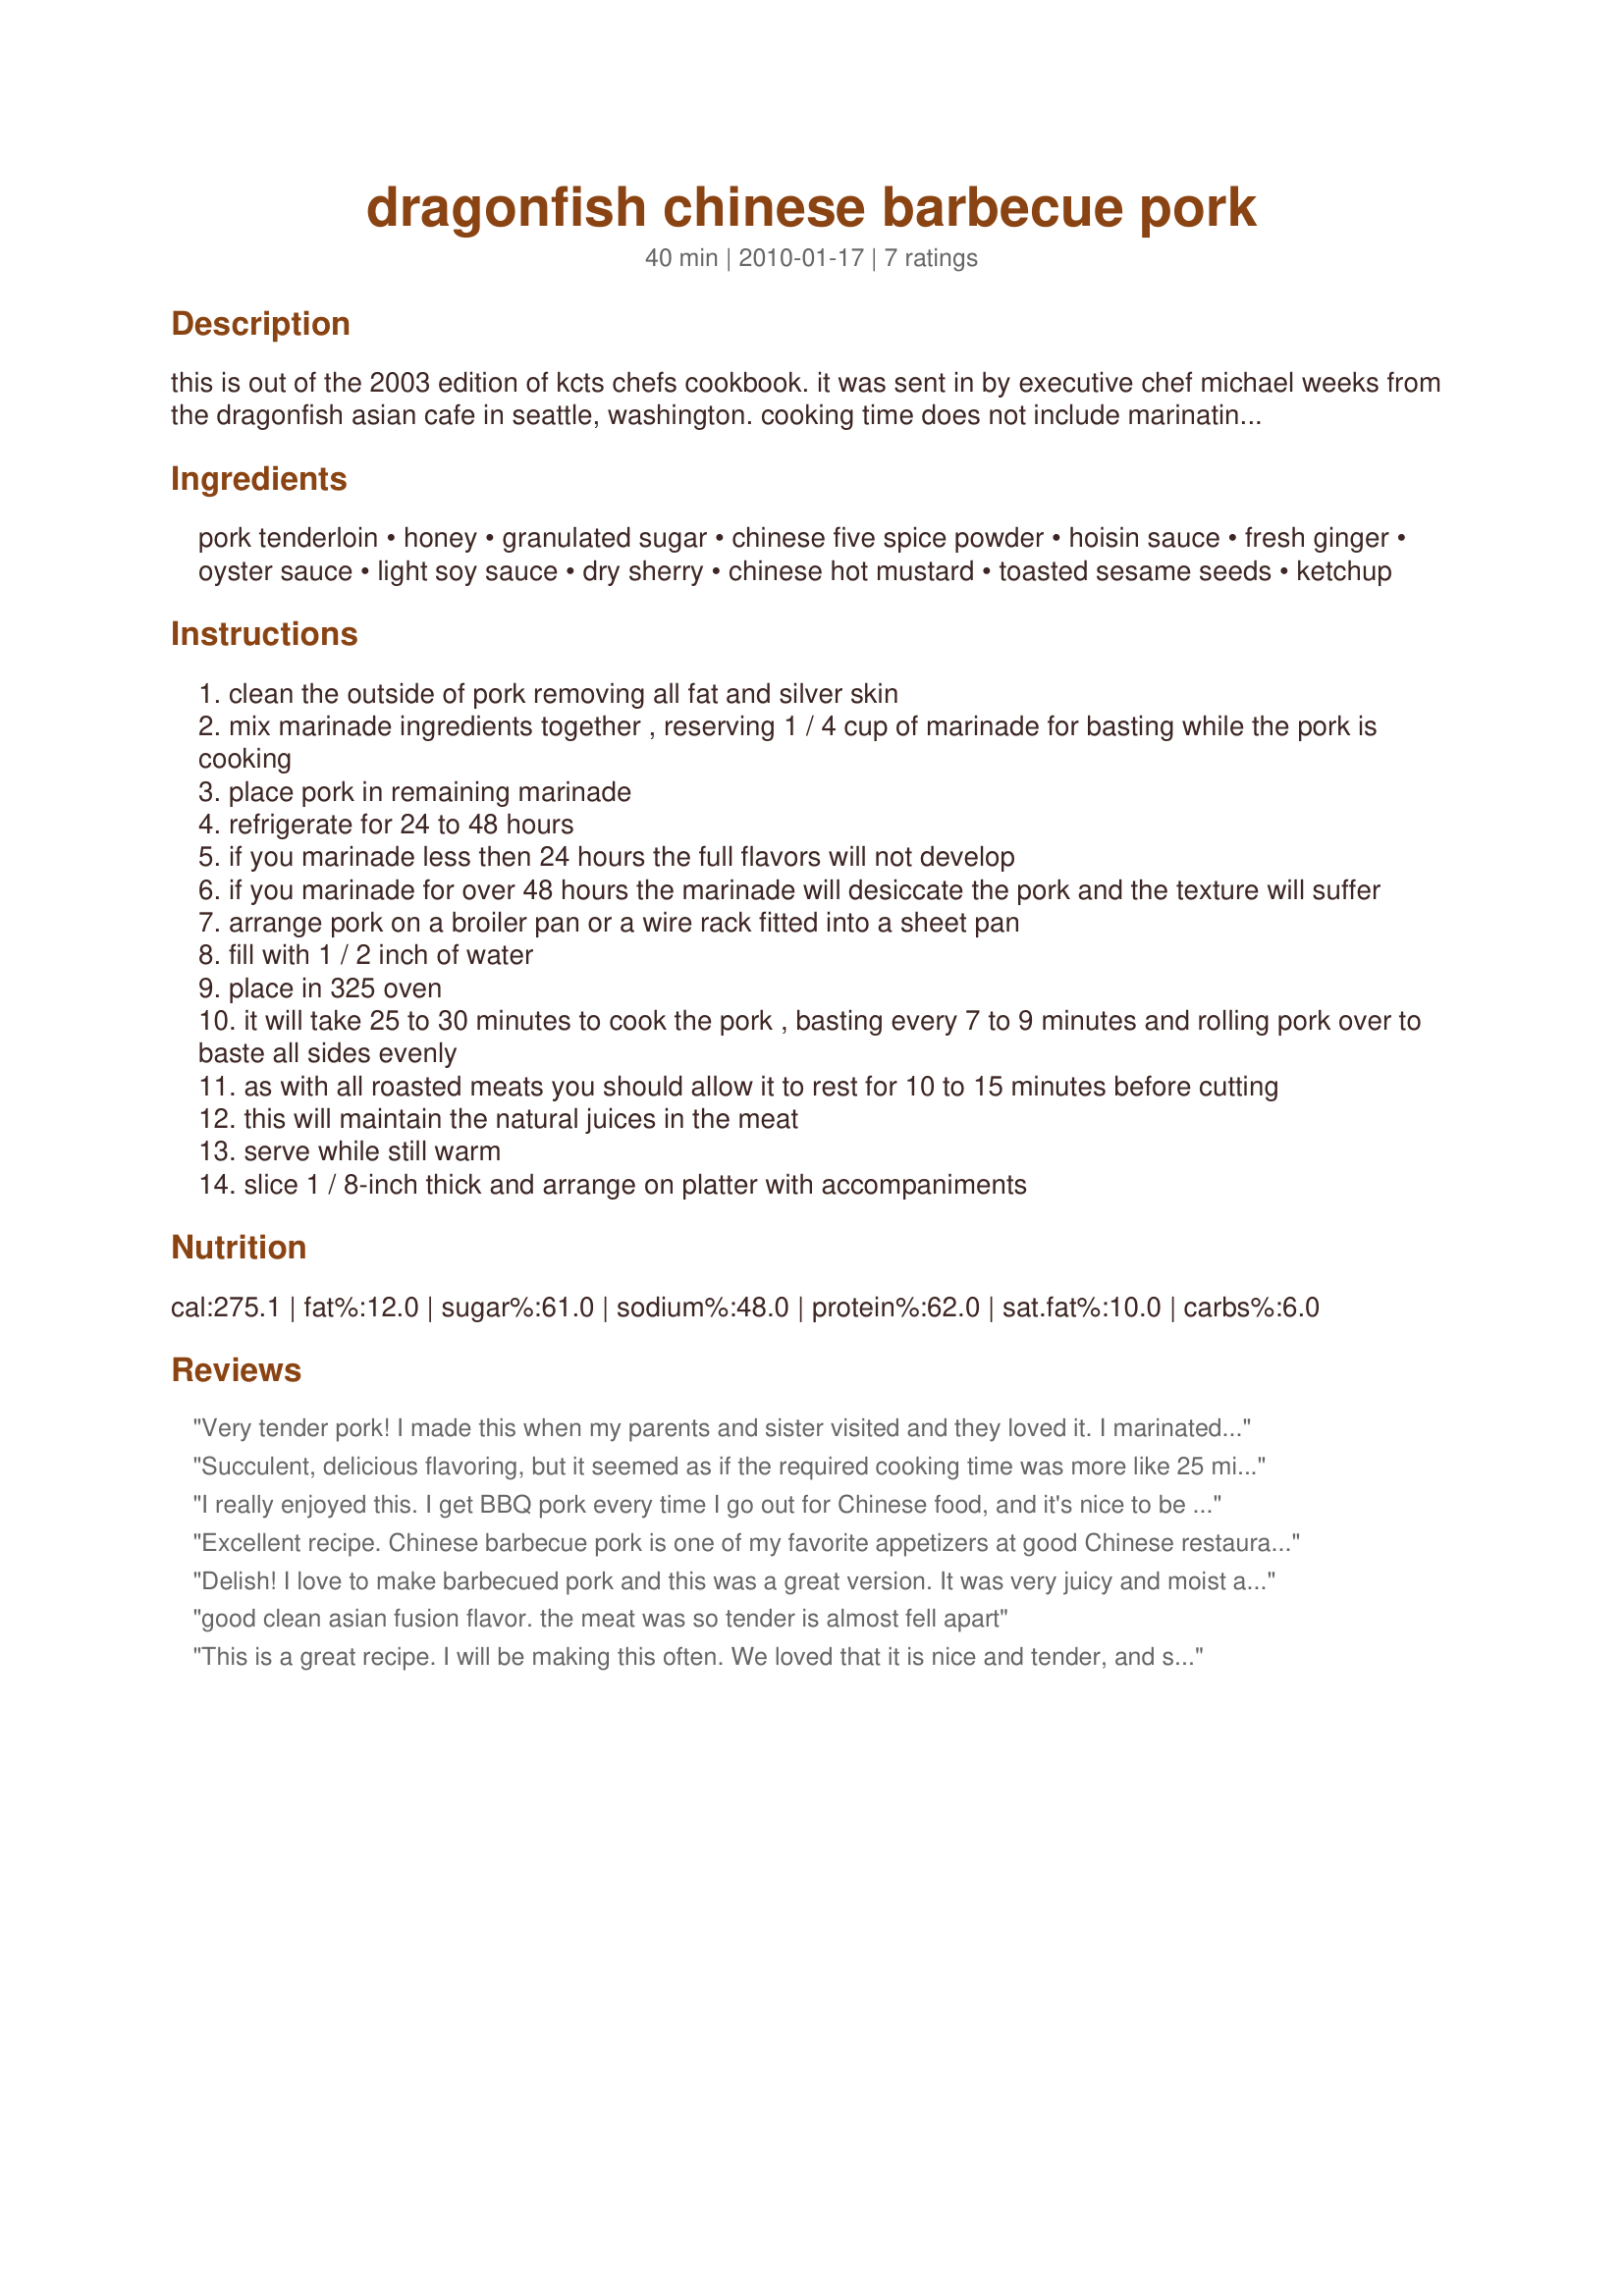
dragonfish chinese barbecue pork
Preparation time: 40 minutes

this is out of the 2003 edition of kcts chefs cookbook. it was sent in by executive chef michael weeks from the dragonfish asian cafe in seattle, washington. cooking time does not include marinating time. i finally made this and had to cook the pork an additional 15 mins. the meat is so tender and full of flavor. i hope you enjoy it. :)

Ingredients:
pork tenderloin, honey, granulated sugar, chinese five spice powder, hoisin sauce, fresh ginger, oyster sauce, light soy sauce, dry sherry, chinese hot mustard, toasted sesame seeds, ketchup

Steps:
clean the outside of pork removing all fat and silver skin
mix marinade ingredients together , reserving 1 / 4 cup of marinade for basting while the pork is cooking
place pork in remaining marinade
refrigerate for 24 to 48 hours
if you marinade less then 24 hours the full flavors will not develop
if you marinade for over 48 hours the marinade will desiccate the pork and the texture will suffer
arrange pork on a broiler pan or a wire rack fitted into a sheet pan
fill with 1 / 2 inch of water
place in 325 oven
it will take 25 to 30 minutes to cook the pork , basting every 7 to 9 minutes and rolling pork over to baste all sides evenly
as with all roasted meats you should allow it to rest for 10 to 15 minutes before cutting
this will maintain the natural juices in the meat
serve while still warm
slice 1 / 8-inch thick and arrange on platter with accompaniments

Reviews:
Very tender pork! I made this when my parents and sister visited and they loved it. I marinated close to 48 hours and the only thing I did differently was use hoisin as a dipping sauce instead of ketchup. I loved the roasting method because of how tender it made the meat, but a warning: this was my first time trying this method and taking it out of the oven almost resulted in my hubby getting scalded from the water in the broiler pan sloshing around. Next time I make this, I will use a deeper roasting pan than a broiler to minimize this risk. Thanks Teresa for a keeper! Made for 123 Hits.
Succulent, delicious flavoring, but it seemed as if the required cooking time was more like 25 minutes per pound, which threw off my dinner planning. My instant read meat thermometer saved the day! Next time I will also use my Jaccard tenderizer to help the marinade seep in even more. I ran out of basting sauce so next time I will reserve additional sauce for basting. Made for Zaar Stars Tag.
I really enjoyed this. I get BBQ pork every time I go out for Chinese food, and it's nice to be able to make it at home. The pork is nice and juicy, not hard and dry like much of what is served in the restaurant. Like many of the other reviewers, I had to cook this 45 minutes to get completely done. I'll freeze the leftovers, and enjoy for many meals in the future!
Excellent recipe. Chinese barbecue pork is one of my favorite appetizers at good Chinese restaurants and this is the first recipe I have found that actually tastes like the restaurant pork I have enjoyed. It took longer to roast than instructions, but I had a large tenderloin. Came out moist, tender and very flavorful.
Delish! I love to make barbecued pork and this was a great version. It was very juicy and moist and very flavorful. I intended to freeze half of it.........but ate it all!

Thanks Teresa for sharing a real winner. Made for FYC tag.
good clean asian fusion flavor. the meat was so tender is almost fell apart
This is a great recipe. I will be making this often. We loved that it is nice and tender, and still juicy-not hard and dried out like some commercial BBQ pork. I also had to cook just a little longer than called for. Also was good cold. Great flavors in the marinade. Made for tag game at kittencalskitchen.com
